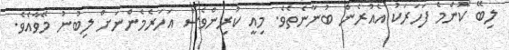
ލިބޭ ކޮންމެ ފަހަރަކު އެއުރެން ބުނާނެތެވެ. މިއީ ކުރިންވެސް އަހަރެމެންނަށް ލިބުނު މޭވާއެވެ.